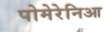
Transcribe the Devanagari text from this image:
पोमेरेनिआ